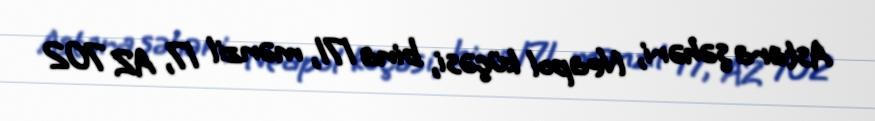
Astara şəhəri, Neapol küçəsi, bina 171, mənzil 17, AZ 702